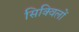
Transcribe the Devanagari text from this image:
सिक्विलों